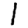
Digit: 1